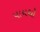
પાયથો